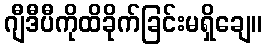
ဂျီဒီပီကိုထိခိုက်ခြင်းမရှိချေ။